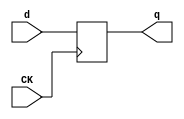
//# 18 inputs
//# 19 outputs
//# 5 D-type flipflops
//# 33 inverters
//# 256 gates (76 ANDs + 54 NANDs + 60 ORs + 66 NORs)

module dff(CK,q,d);
input CK,d;
output reg q;
always @ (posedge CK)
q<=d;
endmodule

module s820a(GND,VDD,CK,G0,G1,G10,G11,G12,G13,G14,G15,G16,G18,G2,G288,G290,G292,
  G296,G298,
  G3,G300,G302,G310,G312,G315,G322,G325,G327,G4,G43,G45,G47,G49,G5,G53,G55,G6,
  G7,G8,G9);
input GND,VDD,CK,G0,G1,G2,G3,G4,G5,G6,G7,G8,G9,G10,G11,G12,G13,G14,G15,G16,G18;
output G290,G327,G47,G55,G288,G296,G310,G312,G325,G300,G43,G53,G298,G315,G322,
  G49,G45,G292,G302;

  wire G38,G90,G39,G93,G40,G96,G41,G99,G42,G102,G245,G323,G181,G256,G130,G203,
    G202,G112,G198,G171,G172,G168,G201,G267,G317,G281,G313,G328,G88,G91,G94,
    G97,G100,G280,G318,II127,G228,II130,G229,II133,G231,II198,G247,G143,G161,
    G162,G163,G188,G189,G190,G195,G215,G120,G250,G118,G166,G199,G170,G169,G129,
    G265,G142,G279,G103,G164,G167,G191,G200,G214,G234,G283,G141,G140,G127,G160,
    G187,G193,G194,G213,G235,G249,G268,G276,G282,G117,G277,G278,G121,G128,G232,
    G233,G251,G252,G271,G270,G210,G209,G226,G225,G175,G176,G197,G196,G263,G262,
    G150,G147,G148,G149,G158,G157,G185,G184,G174,G173,G211,G212,G223,G222,G272,
    G274,G264,G266,G294,G293,G152,G154,G218,G216,G217,G151,G153,G273,G275,G258,
    G257,G219,G220,G259,G260,G89,G92,G95,G98,G101,G126,G124,G125,G107,G145,
    G243,G111,G144,G239,G287,G115,G183,G237,G246,G113,G132,G133,G182,G238,G241,
    G136,G116,G286,G108,G109,G240,G242,G244,G110,G134,G135,G114,G236,G248,G321,
    G319,G180,G178,G78,G73,G74,G285,G284,G63,G59,G106,G105,G308,G304,G320,G316,
    G52,G50,G139,G137,G255,G253,G207,G204,G205,G309,G305,G62,G57,G58,G307,G303,
    G85,G81,G67,G177,G70,G65,G66,G155,G79,G75,G64,G60,G72,G68,G71,G86,G82,G80,
    G76,G87,G83,G123,G295,G291,G329,G48,G56,G289,G297,G311,G314,G326,G301,G119,
    G44,G54,G156,G299,G179,G224,G227,G131,G269,G46,G122,G69,G306,G138,G84,G254,
    G51,G61,G146,G206,G77,G165,G192,G104,G324,G159,G186,G221,G261;

  dff DFF_0(CK,G38,G90);
  dff DFF_1(CK,G39,G93);
  dff DFF_2(CK,G40,G96);
  dff DFF_3(CK,G41,G99);
  dff DFF_4(CK,G42,G102);
  not NOT_0(G245,G0);
  not NOT_1(G323,G1);
  not NOT_2(G181,G2);
  not NOT_3(G256,G4);
  not NOT_4(G130,G5);
  not NOT_5(G203,G6);
  not NOT_6(G202,G7);
  not NOT_7(G112,G8);
  not NOT_8(G198,G9);
  not NOT_9(G171,G10);
  not NOT_10(G172,G11);
  not NOT_11(G168,G12);
  not NOT_12(G201,G13);
  not NOT_13(G267,G15);
  not NOT_14(G317,G40);
  not NOT_15(G281,G16);
  not NOT_16(G313,G41);
  not NOT_17(G328,G42);
  not NOT_18(G88,G18);
  not NOT_19(G91,G18);
  not NOT_20(G94,G18);
  not NOT_21(G97,G18);
  not NOT_22(G100,G18);
  not NOT_23(G280,G38);
  not NOT_24(G318,G39);
  not NOT_25(II127,G38);
  not NOT_26(G228,II127);
  not NOT_27(II130,G15);
  not NOT_28(G229,II130);
  not NOT_29(II133,G313);
  not NOT_30(G231,II133);
  not NOT_31(II198,G38);
  not NOT_32(G247,II198);
  and AND2_0(G143,G40,G4);
  and AND2_1(G161,G3,G42);
  and AND2_2(G162,G1,G42);
  and AND2_3(G163,G41,G42);
  and AND2_4(G188,G3,G42);
  and AND2_5(G189,G1,G42);
  and AND2_6(G190,G41,G42);
  and AND2_7(G195,G41,G42);
  and AND2_8(G215,G41,G42);
  and AND3_0(G120,G39,G40,G42);
  and AND3_1(G250,G39,G40,G42);
  and AND3_2(G118,G245,G38,G39);
  and AND3_3(G166,G245,G38,G42);
  and AND3_4(G199,G245,G38,G42);
  and AND2_9(G170,G171,G172);
  and AND2_10(G169,G172,G168);
  and AND2_11(G129,G39,G317);
  and AND2_12(G265,G317,G267);
  and AND2_13(G142,G40,G281);
  and AND2_14(G279,G281,G42);
  and AND2_15(G103,G313,G38);
  and AND2_16(G164,G42,G313);
  and AND3_5(G167,G256,G38,G313);
  and AND2_17(G191,G42,G313);
  and AND3_6(G200,G256,G38,G313);
  and AND2_18(G214,G267,G16);
  and AND4_0(G234,G15,G40,G313,G42);
  and AND2_19(G283,G317,G313);
  and AND4_1(G141,G317,G16,G323,G140);
  and AND4_2(G127,G38,G39,G313,G328);
  and AND3_7(G160,G5,G313,G328);
  and AND3_8(G187,G5,G313,G328);
  and AND2_20(G193,G11,G328);
  and AND2_21(G194,G10,G328);
  and AND3_9(G213,G16,G313,G328);
  and AND2_22(G235,G317,G328);
  and AND3_10(G249,G40,G41,G328);
  and AND2_23(G268,G328,G267);
  and AND3_11(G276,G0,G38,G328);
  and AND2_24(G282,G317,G328);
  and AND3_12(G117,G1,G39,G313);
  and AND3_13(G277,G323,G281,G280);
  and AND2_25(G278,G280,G42);
  and AND3_14(G121,G318,G317,G328);
  and AND3_15(G128,G280,G318,G40);
  and AND2_26(G232,G38,G318);
  and AND2_27(G233,G15,G318);
  and AND2_28(G251,G318,G313);
  and AND2_29(G252,G318,G317);
  and AND4_3(G271,G318,G15,G14,G270);
  and AND4_4(G210,G39,G38,G245,G209);
  and AND2_30(G226,G318,G225);
  and AND2_31(G175,G317,G176);
  and AND4_5(G197,G8,G7,G6,G196);
  and AND3_16(G263,G39,G38,G262);
  and AND4_6(G150,G256,G147,G148,G149);
  and AND2_32(G158,G280,G157);
  and AND2_33(G185,G280,G184);
  and AND4_7(G174,G41,G40,G15,G173);
  and AND4_8(G211,G317,G39,G256,G212);
  and AND2_34(G223,G16,G222);
  and AND3_17(G272,G318,G4,G274);
  and AND2_35(G264,G318,G266);
  and AND2_36(G294,G16,G293);
  and AND4_9(G152,G313,G317,G318,G154);
  and AND4_10(G218,G2,G323,G216,G217);
  and AND4_11(G151,G38,G16,G256,G153);
  and AND3_18(G273,G40,G39,G275);
  and AND3_19(G258,G318,G280,G257);
  and AND2_37(G219,G318,G220);
  and AND2_38(G259,G41,G260);
  and AND2_39(G90,G89,G88);
  and AND2_40(G93,G92,G91);
  and AND2_41(G96,G95,G94);
  and AND2_42(G99,G98,G97);
  and AND2_43(G102,G101,G100);
  or OR2_0(G126,G10,G11);
  or OR2_1(G124,G11,G12);
  or OR2_2(G125,G10,G12);
  or OR3_0(G107,G41,G40,G1);
  or OR2_3(G145,G16,G41);
  or OR2_4(G243,G5,G41);
  or OR2_5(G111,G15,G42);
  or OR2_6(G144,G16,G42);
  or OR3_1(G239,G40,G41,G42);
  or OR2_7(G287,G42,G5);
  or OR2_8(G115,G39,G42);
  or OR3_2(G183,G38,G39,G41);
  or OR3_3(G237,G16,G39,G40);
  or OR2_9(G246,G4,G39);
  or OR4_0(G113,G203,G202,G112,G198);
  or OR4_1(G132,G171,G11,G12,G42);
  or OR4_2(G133,G10,G172,G12,G42);
  or OR4_3(G182,G14,G267,G38,G39);
  or OR4_4(G238,G14,G267,G40,G42);
  or OR2_10(G241,G256,G317);
  or OR2_11(G136,G4,G281);
  or OR2_12(G116,G39,G313);
  or OR2_13(G286,G42,G313);
  or OR2_14(G108,G328,G15);
  or OR3_4(G109,G201,G267,G328);
  or OR3_5(G240,G256,G313,G328);
  or OR2_15(G242,G41,G328);
  or OR2_16(G244,G281,G328);
  or OR2_17(G110,G280,G42);
  or OR2_18(G134,G280,G42);
  or OR2_19(G135,G280,G40);
  or OR3_6(G114,G267,G318,G328);
  or OR3_7(G236,G318,G317,G328);
  or OR2_20(G248,G245,G318);
  or OR4_5(G321,G317,G318,G38,G319);
  or OR2_21(G180,G41,G178);
  or OR4_6(G78,G39,G4,G73,G74);
  or OR4_7(G285,G3,G2,G1,G284);
  or OR4_8(G63,G40,G318,G4,G59);
  or OR4_9(G106,G8,G7,G203,G105);
  or OR4_10(G308,G40,G318,G16,G304);
  or OR4_11(G320,G40,G39,G38,G316);
  or OR4_12(G52,G328,G313,G39,G50);
  or OR2_22(G139,G317,G137);
  or OR2_23(G255,G317,G253);
  or OR4_13(G207,G202,G203,G204,G205);
  or OR3_8(G309,G39,G38,G305);
  or OR4_14(G62,G267,G4,G57,G58);
  or OR4_15(G307,G328,G313,G39,G303);
  or OR4_16(G85,G328,G313,G317,G81);
  or OR3_9(G67,G174,G175,G177);
  or OR4_17(G70,G318,G4,G65,G66);
  or OR4_18(G89,G150,G151,G152,G155);
  or OR4_19(G79,G40,G281,G4,G75);
  or OR3_10(G64,G317,G318,G60);
  or OR3_11(G72,G317,G318,G68);
  or OR4_20(G71,G39,G281,G4,G67);
  or OR2_24(G86,G38,G82);
  or OR2_25(G80,G38,G76);
  or OR2_26(G87,G281,G83);
  nand NAND2_0(G204,G9,G8);
  nand NAND3_0(G73,G42,G41,G40);
  nand NAND2_1(G319,G42,G41);
  nand NAND4_0(G123,G124,G125,G126,G256);
  nand NAND3_1(G65,G42,G41,G317);
  nand NAND4_1(G295,G41,G317,G39,G256);
  nand NAND2_2(G284,G42,G313);
  nand NAND4_2(G291,G313,G317,G39,G15);
  nand NAND4_3(G329,G313,G317,G39,G15);
  nand NAND2_3(G59,G144,G145);
  nand NAND4_4(G105,G328,G40,G15,G9);
  nand NAND2_4(G225,G41,G256);
  nand NAND2_5(G316,G328,G313);
  nand NAND4_5(G48,G40,G39,G280,G130);
  nand NAND4_6(G56,G40,G39,G280,G5);
  nand NAND4_7(G176,G42,G41,G280,G15);
  nand NAND4_8(G289,G313,G40,G39,G280);
  nand NAND4_9(G297,G41,G40,G39,G280);
  nand NAND4_10(G311,G313,G40,G39,G280);
  nand NAND4_11(G314,G40,G39,G280,G16);
  nand NAND4_12(G326,G313,G40,G39,G280);
  nand NAND4_13(G301,G281,G3,G323,G119);
  nand NAND4_14(G44,G317,G318,G280,G15);
  nand NAND4_15(G54,G41,G317,G318,G280);
  nand NAND4_16(G57,G41,G40,G318,G16);
  nand NAND3_2(G156,G318,G280,G281);
  nand NAND4_17(G299,G318,G280,G15,G14);
  nand NAND2_6(G262,G113,G317);
  nand NAND2_7(G179,G182,G183);
  nand NAND2_8(G205,G228,G229);
  nand NAND4_18(G224,G238,G239,G240,G241);
  nand NAND4_19(G227,G242,G243,G244,G40);
  nand NAND4_20(G266,G109,G110,G111,G40);
  nand NAND4_21(G293,G8,G7,G6,G131);
  nand NAND3_3(G58,G132,G133,G134);
  nand NAND2_9(G303,G135,G136);
  nand NAND4_22(G269,G114,G115,G116,G317);
  nand NAND2_10(G217,G236,G237);
  nand NAND3_4(G81,G246,G247,G248);
  nand NAND4_23(G46,G318,G280,G16,G122);
  nand NAND4_24(G69,G180,G328,G317,G179);
  nand NAND3_5(G275,G285,G286,G287);
  nand NAND3_6(G257,G106,G107,G108);
  nand NAND2_11(G315,G320,G321);
  nand NAND2_12(G306,G139,G138);
  nand NAND2_13(G84,G255,G254);
  nand NAND2_14(G49,G52,G51);
  nand NAND4_25(G61,G328,G313,G317,G146);
  nand NAND2_15(G75,G207,G206);
  nand NAND4_26(G302,G307,G308,G309,G306);
  nand NAND4_27(G92,G62,G63,G64,G61);
  nand NAND4_28(G95,G70,G71,G72,G69);
  nand NAND4_29(G98,G78,G79,G80,G77);
  nand NAND4_30(G101,G85,G86,G87,G84);
  nor NOR2_0(G216,G41,G3);
  nor NOR2_1(G140,G42,G41);
  nor NOR2_2(G119,G39,G38);
  nor NOR4_0(G178,G16,G3,G181,G1);
  nor NOR3_0(G74,G281,G267,G201);
  nor NOR3_1(G147,G38,G281,G267);
  nor NOR4_1(G148,G42,G313,G317,G39);
  nor NOR3_2(G270,G42,G313,G40);
  nor NOR3_3(G209,G328,G313,G317);
  nor NOR2_3(G304,G328,G313);
  nor NOR2_4(G50,G40,G280);
  nor NOR3_4(G131,G280,G267,G198);
  nor NOR3_5(G137,G42,G41,G280);
  nor NOR2_5(G177,G195,G280);
  nor NOR3_6(G196,G280,G267,G198);
  nor NOR3_7(G253,G42,G41,G280);
  nor NOR2_6(G138,G318,G256);
  nor NOR2_7(G254,G318,G256);
  nor NOR2_8(G122,G267,G123);
  nor NOR2_9(G149,G169,G170);
  nor NOR2_10(G165,G166,G167);
  nor NOR2_11(G192,G199,G200);
  nor NOR2_12(G290,G42,G291);
  nor NOR2_13(G327,G328,G329);
  nor NOR3_8(G305,G141,G142,G143);
  nor NOR4_2(G157,G160,G161,G162,G163);
  nor NOR4_3(G184,G187,G188,G189,G190);
  nor NOR2_14(G173,G193,G194);
  nor NOR3_9(G212,G213,G214,G215);
  nor NOR2_15(G222,G234,G235);
  nor NOR2_16(G274,G282,G283);
  nor NOR3_10(G47,G42,G41,G48);
  nor NOR3_11(G55,G42,G41,G56);
  nor NOR2_17(G104,G117,G118);
  nor NOR4_4(G154,G276,G277,G278,G279);
  nor NOR2_18(G288,G42,G289);
  nor NOR2_19(G296,G42,G297);
  nor NOR2_20(G310,G328,G311);
  nor NOR3_12(G312,G328,G313,G314);
  nor NOR2_21(G325,G328,G326);
  nor NOR4_5(G300,G42,G41,G40,G301);
  nor NOR3_13(G43,G42,G313,G44);
  nor NOR2_22(G53,G42,G54);
  nor NOR2_23(G324,G120,G121);
  nor NOR3_14(G51,G127,G128,G129);
  nor NOR4_6(G146,G3,G181,G1,G156);
  nor NOR3_15(G206,G231,G232,G233);
  nor NOR4_7(G153,G249,G250,G251,G252);
  nor NOR4_8(G298,G42,G313,G40,G299);
  nor NOR2_24(G159,G164,G165);
  nor NOR2_25(G186,G191,G192);
  nor NOR2_26(G221,G226,G227);
  nor NOR4_9(G155,G103,G328,G317,G104);
  nor NOR2_27(G66,G197,G281);
  nor NOR2_28(G261,G268,G269);
  nor NOR4_10(G322,G41,G38,G323,G324);
  nor NOR4_11(G45,G42,G313,G317,G46);
  nor NOR2_29(G60,G158,G159);
  nor NOR2_30(G68,G185,G186);
  nor NOR2_31(G77,G210,G211);
  nor NOR2_32(G220,G223,G224);
  nor NOR3_16(G260,G263,G264,G265);
  nor NOR3_17(G292,G294,G328,G295);
  nor NOR3_18(G82,G271,G272,G273);
  nor NOR3_19(G76,G218,G219,G221);
  nor NOR3_20(G83,G258,G259,G261);

endmodule